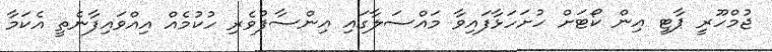
ޖުމްހޫރީ ޕާޓީ އިން ކޯޓަށް ހުށަހަޅާފައިވާ މައްސަލާގައި އިންސާފުވެރި ހުކުމެއް އިއްވައިފާނެތީ އެކަމާ